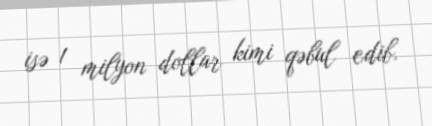
isə 1 milyon dollar kimi qəbul edib.